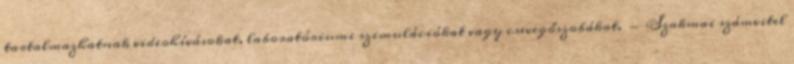
tartalmazhatnak videohívásokat, laboratóriumi szimulációkat vagy csevegőszobákat. - Szakmai számvitel